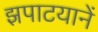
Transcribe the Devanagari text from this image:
झपाटयानें